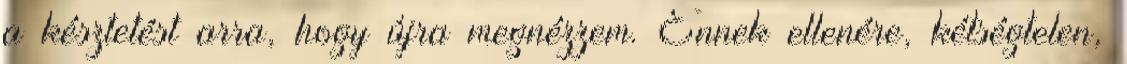
a késztetést arra, hogy újra megnézzem. Ennek ellenére, kétségtelen,